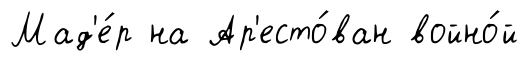
Мад'е́р на Ар'есто́ван войно́й